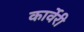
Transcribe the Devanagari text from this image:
कार्वेरी